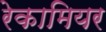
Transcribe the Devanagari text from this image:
रेकामियर